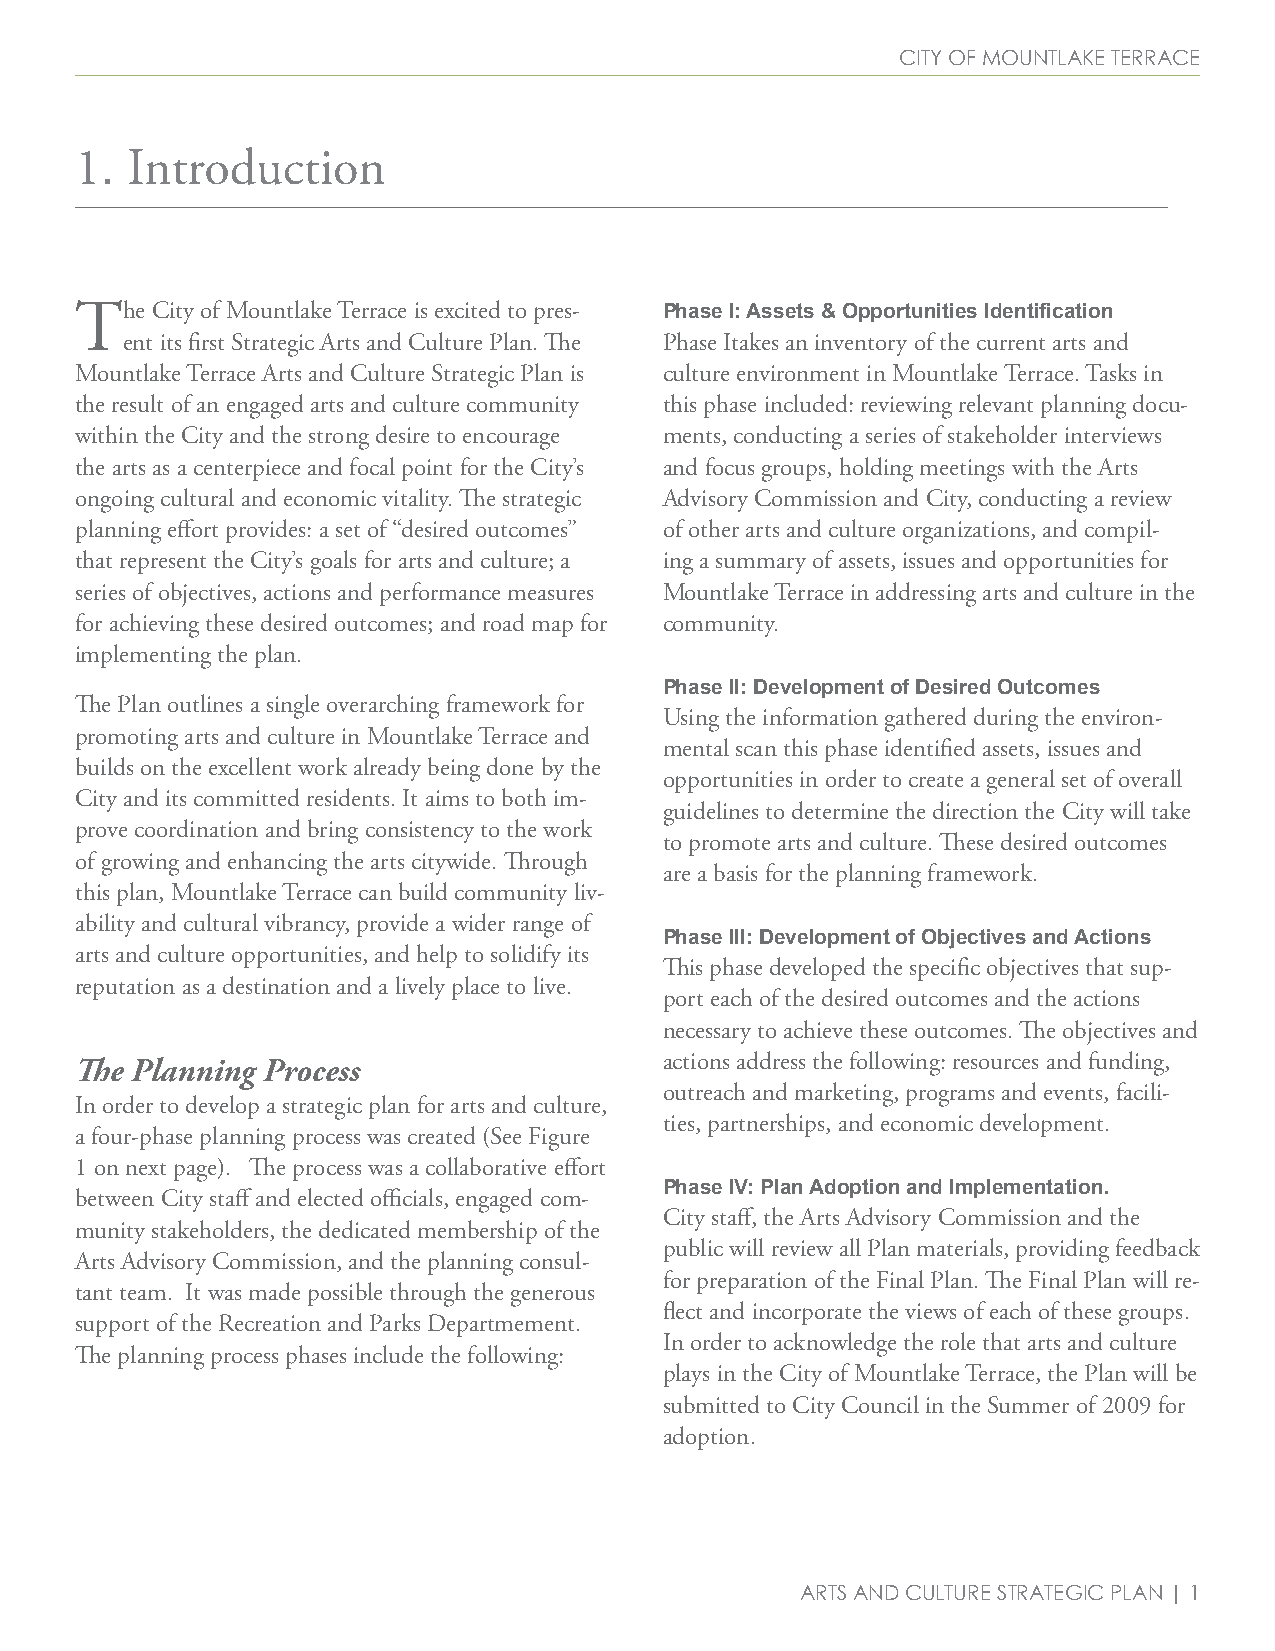
City of mountlake terraCe
 1. Introduction
 The  City of Mountlake Terrace is excited to pres- Phase I: Assets & Opportunities Identification
 ent its first Strategic Arts and Culture Plan. The Phase Itakes an inventory of the current arts and
 Mountlake Terrace Arts and Culture Strategic Plan is culture environment in Mountlake Terrace. Tasks in
 the result of an engaged arts and culture community this phase included: reviewing relevant planning docu-
 within the City and the strong desire to encourage ments, conducting a series of stakeholder interviews
 the arts as a centerpiece and focal point for the City’s and focus groups, holding meetings with the Arts
 ongoing cultural and economic vitality. The strategic Advisory Commission and City, conducting a review
 planning effort provides: a set of “desired outcomes” of other arts and culture organizations, and compil-
 that represent the City’s goals for arts and culture; a ing a summary of assets, issues and opportunities for
 series of objectives, actions and performance measures Mountlake Terrace in addressing arts and culture in the
 for achieving these desired outcomes; and road map for community.
 implementing the plan.
 Phase II: Development of Desired Outcomes
 The Plan outlines a single overarching framework for
 Using the information gathered during the environ-
 promoting arts and culture in Mountlake Terrace and
 mental scan this phase identified assets, issues and
 builds on the excellent work already being done by the
 opportunities in order to create a general set of overall
 City and its committed residents. It aims to both im-
 guidelines to determine the direction the City will take
 prove coordination and bring consistency to the work
 to promote arts and culture. These desired outcomes
 of growing and enhancing the arts citywide. Through
 are a basis for the planning framework.
 this plan, Mountlake Terrace can build community liv-
 ability and cultural vibrancy, provide a wider range of
 Phase III: Development of Objectives and Actions
 arts and culture opportunities, and help to solidify its
 This phase developed the specific objectives that sup-
 reputation as a destination and a lively place to live.
 port each of the desired outcomes and the actions
 necessary to achieve these outcomes. The objectives and
 The Planning Process                   actions address the following: resources and funding,
 outreach and marketing, programs and events, facili-
 In order to develop a strategic plan for arts and culture,
 ties, partnerships, and economic development.
 a four-phase planning process was created (See Figure
 1 on next page). The process was a collaborative effort
 Phase IV: Plan Adoption and Implementation.
 between City staff and elected officials, engaged com-
 City staff, the Arts Advisory Commission and the
 munity stakeholders, the dedicated membership of the
 public will review all Plan materials, providing feedback
 Arts Advisory Commission, and the planning consul-
 for preparation of the Final Plan. The Final Plan will re-
 tant team. It was made possible through the generous
 flect and incorporate the views of each of these groups.
 support of the Recreation and Parks Departmement.
 In order to acknowledge the role that arts and culture
 The planning process phases include the following:
 plays in the City of Mountlake Terrace, the Plan will be
 submitted to City Council in the Summer of 2009 for
 adoption.
 arts and Culture strategiC Plan | 1